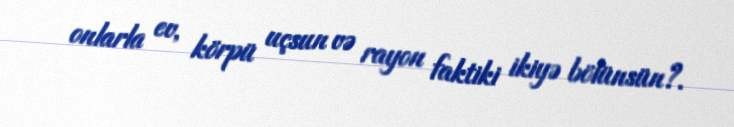
onlarla ev, körpü uçsun və rayon faktiki ikiyə bölünsün?.